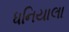
ધનિયાલા